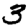
Digit: 3